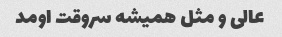
عالی و مثل همیشه سروقت اومد